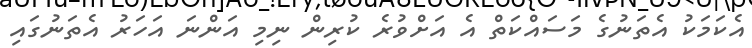
އެކަމަކު އެތަނުގެ މަސައްކަތް އެ އަށްވުރެ ކުރިން ނިމި އަންނަ އަހަރު އެތަނުގައި